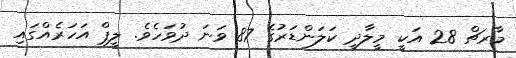
މާރޗް 28 އަކީ މީލާދީ ކަލަންޑަރުގެ 87 ވަނަ ދުވަހެވެ. ލީޕް އަހަރެއްގައި